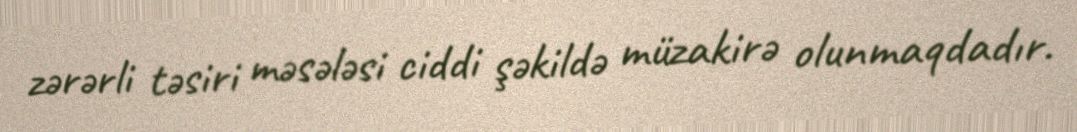
zərərli təsiri məsələsi ciddi şəkildə müzakirə olunmaqdadır.